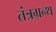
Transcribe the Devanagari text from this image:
तंत्रग्रन्थ